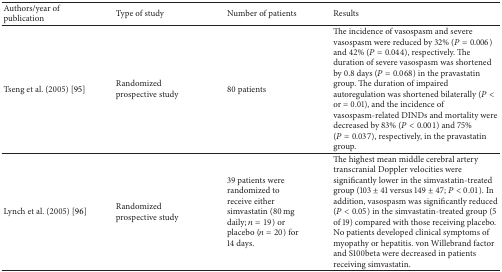
| Authors/year of publication | Type of study | Number of patients | Results |
 | --- | --- | --- | --- |
 | Tseng et al. (2005) [95] | Randomized prospective study | 80 patients | The incidence of vasospasm and severe vasospasm were reduced by 32% (P = 0.006) and 42% (P = 0.044), respectively. The duration of severe vasospasm was shortened by 0.8 days (P = 0.068) in the pravastatin group. The duration of impaired autoregulation was shortened bilaterally (P < or = 0.01), and the incidence of vasospasm-related DINDs and mortality were decreased by 83% (P < 0.001) and 75% (P = 0.037), respectively, in the pravastatin group. |
 | Lynch et al. (2005) [96] | Randomized prospective study | 39 patients were randomized to receive either simvastatin (80 mg daily; n = 19) or placebo (n = 20) for 14 days. | The highest mean middle cerebral artery transcranial Doppler velocities were significantly lower in the simvastatin-treated group (103 ± 41 versus 149 ± 47; P < 0.01). In addition, vasospasm was significantly reduced (P < 0.05) in the simvastatin-treated group (5 of 19) compared with those receiving placebo. No patients developed clinical symptoms of myopathy or hepatitis. von Willebrand factor and S100beta were decreased in patients receiving simvastatin. |